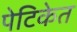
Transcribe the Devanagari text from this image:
पेटिकेत